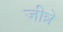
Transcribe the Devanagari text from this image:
जीन्ने